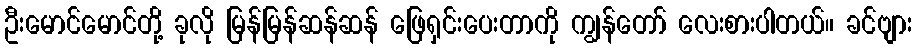
ဦးမောင်မောင်တို့ ခုလို မြန်မြန်ဆန်ဆန် ဖြေရှင်းပေးတာကို ကျွန်တော် လေးစားပါတယ်။ ခင်ဗျား